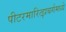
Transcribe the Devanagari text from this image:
पीटरमारित्झबर्गमध्ये